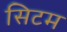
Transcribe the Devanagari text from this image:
सिटम